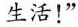
生活！